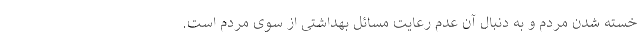
خسته شدن مردم و به دنبال آن عدم رعایت مسائل بهداشتی از سوی مردم است.